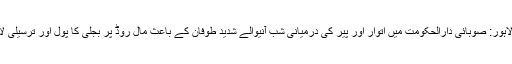
لاہور کی تصاویر، لاہور: صوبائی دارالحکومت میں اتوار اور پیر کی درمیانی شب آنیوالے شدید طوفان کے باعث مال روڈ پر بجلی کا پول اور ترسیلی لائنیں گری ہوئی ہیں۔